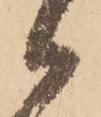
御